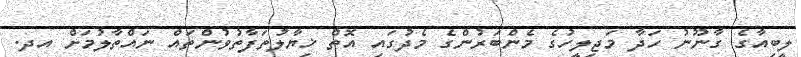
ލީބިއާގެ ގާނޫނު ހަދާ މަޖިލީހުގެ މެންބަރުންގެ މެދުގައި އޮތް ޚިޔާލުތަފާތުވުންތައް ނައްތާލުމަށް އދ.